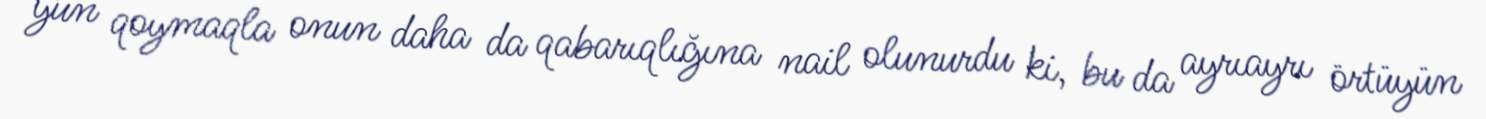
yun qoymaqla onun daha da qabarıqlığına nail olunurdu ki, bu da ayrıayrı örtüyün